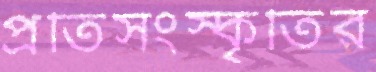
প্রতিসংস্কৃতির